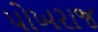
પોખરાજ